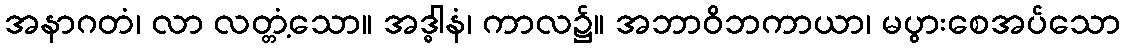
အနာဂတံ၊ လာ လတ္တံ့သော။ အဒ္ဓါနံ၊ ကာလ၌။ အဘာဝိဘကာယာ၊ မပွားစေအပ်သော